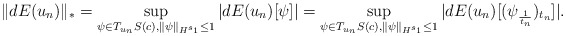
\begin{align*}\|dE(u_n)\|_*=\sup_{\psi \in T_{u_n}S(c), \|\psi\|_{H^{s_1}}\leq 1}|dE(u_n)[\psi]|=\sup_{\psi \in T_{u_n}S(c), \|\psi\|_{H^{s_1}}\leq 1}|dE(u_n)[(\psi_{\frac{1}{t_n}})_{t_n}]|.\end{align*}